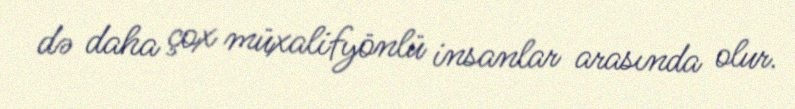
də daha çox müxalifyönlü insanlar arasında olur.